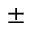
\pm